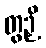
တွဉှိ